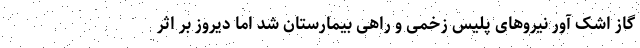
گاز اشک آور نیروهای پلیس زخمی و راهی بیمارستان شد اما دیروز بر اثر